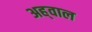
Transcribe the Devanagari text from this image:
अह्‌वाल